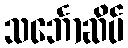
သင်္ဘောဆိပ်